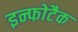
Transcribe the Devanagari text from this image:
इन्फोटैक